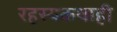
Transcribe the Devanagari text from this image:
रहस्यकथाही